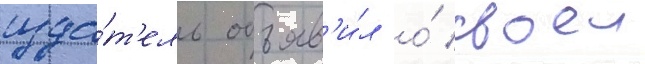
изда́т'ель объяв'и́л о́ своеи